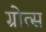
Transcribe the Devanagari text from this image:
ग्रोत्स